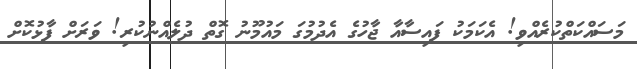
މަސައްކަތްކުރެއްވި! އެކަމަކު ފައިސާއާ ޖާހުގެ އެދުމުގަ މައުމޫނު ގޮތް ދުލެއްނުކުރި! ވަރަށް ފާޅުކޮށް